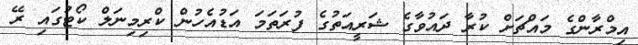
އިމްރާންގެ މައްޗަށް ކުރާ ދައުވާގެ ޝަރީއަތުގެ ފުރަތަމަ އަޑުއެހުން ކްރިމިނަލް ކޯޓުގައި ރޭ